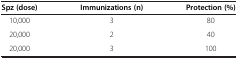
| Spz (dose) | Immunizations (n) | Protection (%) |
 | --- | --- | --- |
 | 10,000 | 3 | 80 |
 | 20,000 | 2 | 40 |
 | 20,000 | 3 | 100 |